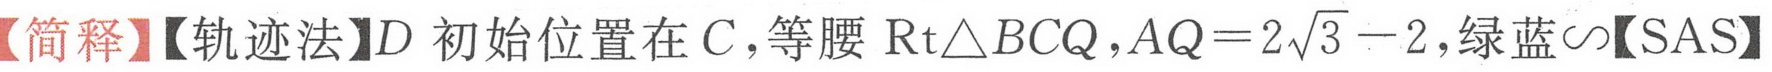
【简释】【轨迹法】\(D\) 初始位置在 \(C\)，等腰 \(\text{Rt}\triangle BCQ\)，\(AQ = 2\sqrt{3}-2\)，绿蓝\(\backsim\)【SAS】